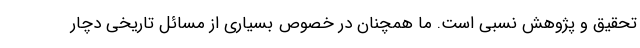
تحقیق و پژوهش نسبی است. ما همچنان در خصوص بسیاری از مسائل تاریخی دچار